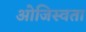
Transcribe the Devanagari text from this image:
ओजिस्वता